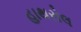
હાથરોલ